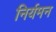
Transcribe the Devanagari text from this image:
निर्यमन